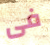
فى